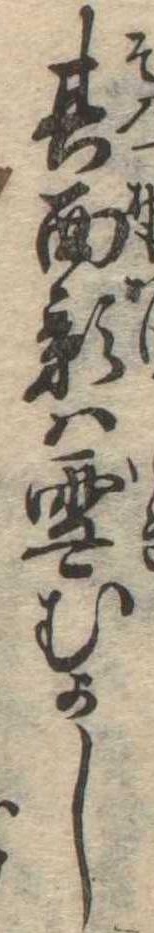
其面影は雪むかし